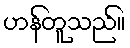
ဟန်တူသည်။